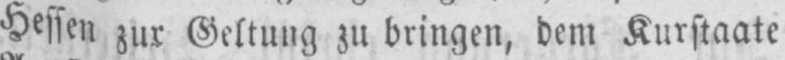
Hessen zur Geltung zu bringen, dem Kurstaate